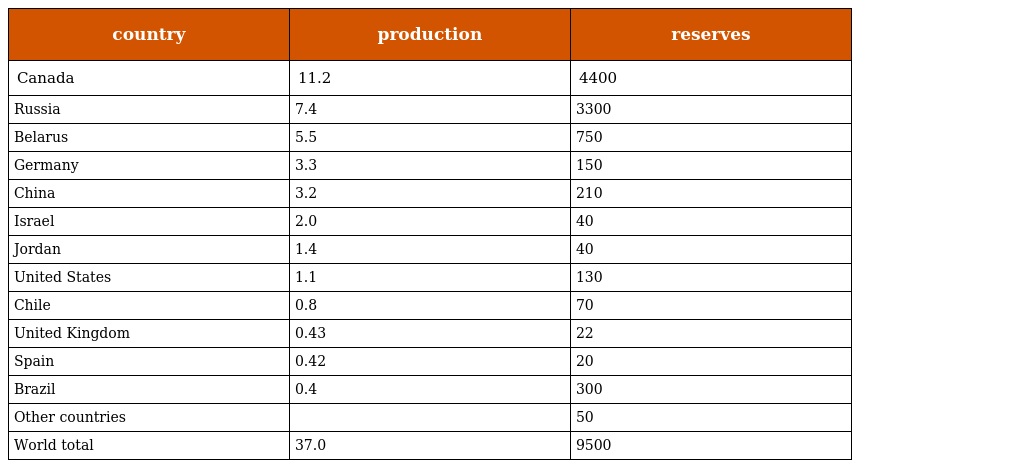
| country | production | reserves |
 | --- | --- | --- |
 | Canada | 11.2 | 4400 |
 | Russia | 7.4 | 3300 |
 | Belarus | 5.5 | 750 |
 | Germany | 3.3 | 150 |
 | China | 3.2 | 210 |
 | Israel | 2.0 | 40 |
 | Jordan | 1.4 | 40 |
 | United States | 1.1 | 130 |
 | Chile | 0.8 | 70 |
 | United Kingdom | 0.43 | 22 |
 | Spain | 0.42 | 20 |
 | Brazil | 0.4 | 300 |
 | Other countries |  | 50 |
 | World total | 37.0 | 9500 |